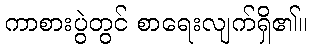
ကာစားပွဲတွင် စာရေးလျက်ရှိ၏။